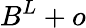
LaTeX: B^{L}+o